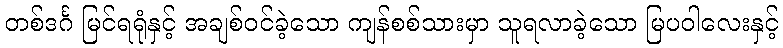
တစ်ဒင်္ဂ မြင်ရရုံနှင့် အချစ်ဝင်ခဲ့သော ကျန်စစ်သားမှာ သူရလာခဲ့သော မြပဝါလေးနှင့်